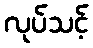
လုပ်သင့်